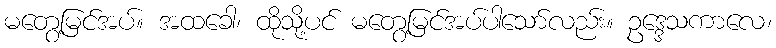
မတွေ့မြင်အပ်။ အထခေါ၊ ထိုသို့ပင် မတွေ့မြင်အပ်ပါသော်လည်း။ ဥဒ္ဒေသကာလေ၊